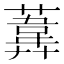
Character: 𦻪